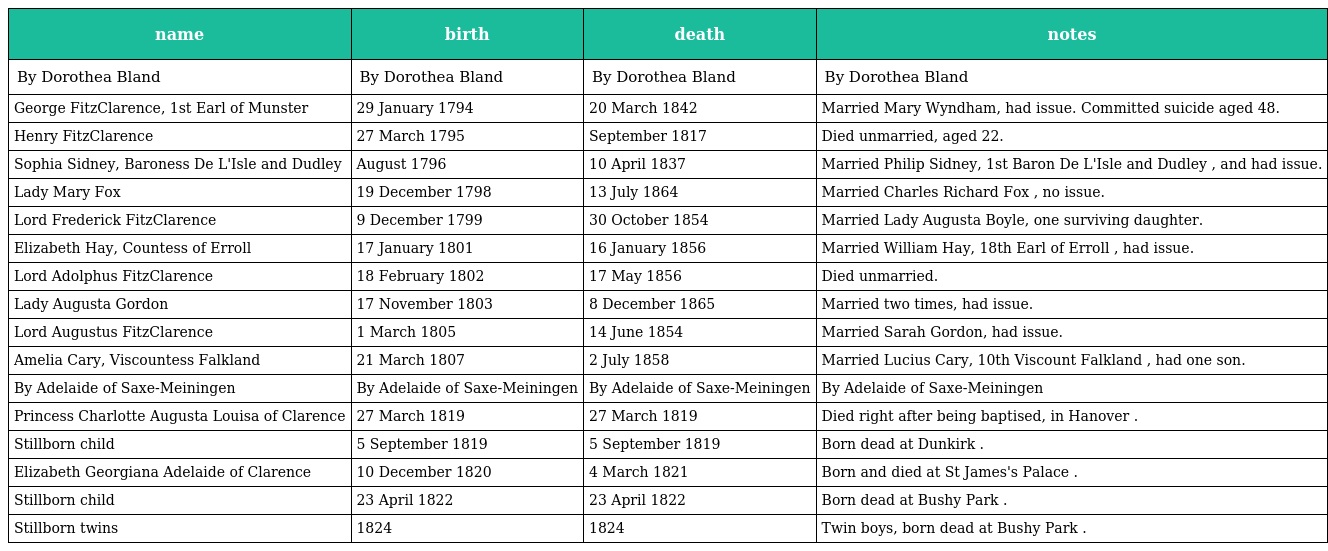
| name | birth | death | notes |
 | --- | --- | --- | --- |
 | By Dorothea Bland | By Dorothea Bland | By Dorothea Bland | By Dorothea Bland |
 | George FitzClarence, 1st Earl of Munster | 29 January 1794 | 20 March 1842 | Married Mary Wyndham, had issue. Committed suicide aged 48. |
 | Henry FitzClarence | 27 March 1795 | September 1817 | Died unmarried, aged 22. |
 | Sophia Sidney, Baroness De L'Isle and Dudley | August 1796 | 10 April 1837 | Married Philip Sidney, 1st Baron De L'Isle and Dudley , and had issue. |
 | Lady Mary Fox | 19 December 1798 | 13 July 1864 | Married Charles Richard Fox , no issue. |
 | Lord Frederick FitzClarence | 9 December 1799 | 30 October 1854 | Married Lady Augusta Boyle, one surviving daughter. |
 | Elizabeth Hay, Countess of Erroll | 17 January 1801 | 16 January 1856 | Married William Hay, 18th Earl of Erroll , had issue. |
 | Lord Adolphus FitzClarence | 18 February 1802 | 17 May 1856 | Died unmarried. |
 | Lady Augusta Gordon | 17 November 1803 | 8 December 1865 | Married two times, had issue. |
 | Lord Augustus FitzClarence | 1 March 1805 | 14 June 1854 | Married Sarah Gordon, had issue. |
 | Amelia Cary, Viscountess Falkland | 21 March 1807 | 2 July 1858 | Married Lucius Cary, 10th Viscount Falkland , had one son. |
 | By Adelaide of Saxe-Meiningen | By Adelaide of Saxe-Meiningen | By Adelaide of Saxe-Meiningen | By Adelaide of Saxe-Meiningen |
 | Princess Charlotte Augusta Louisa of Clarence | 27 March 1819 | 27 March 1819 | Died right after being baptised, in Hanover . |
 | Stillborn child | 5 September 1819 | 5 September 1819 | Born dead at Dunkirk . |
 | Elizabeth Georgiana Adelaide of Clarence | 10 December 1820 | 4 March 1821 | Born and died at St James's Palace . |
 | Stillborn child | 23 April 1822 | 23 April 1822 | Born dead at Bushy Park . |
 | Stillborn twins | 1824 | 1824 | Twin boys, born dead at Bushy Park . |